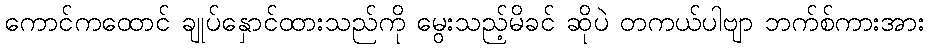
ကောင်ကထောင် ချုပ်နှောင်ထားသည်ကို မွေးသည့်မိခင် ဆိုပဲ တကယ်ပါဗျာ ဘက်စ်ကားအား